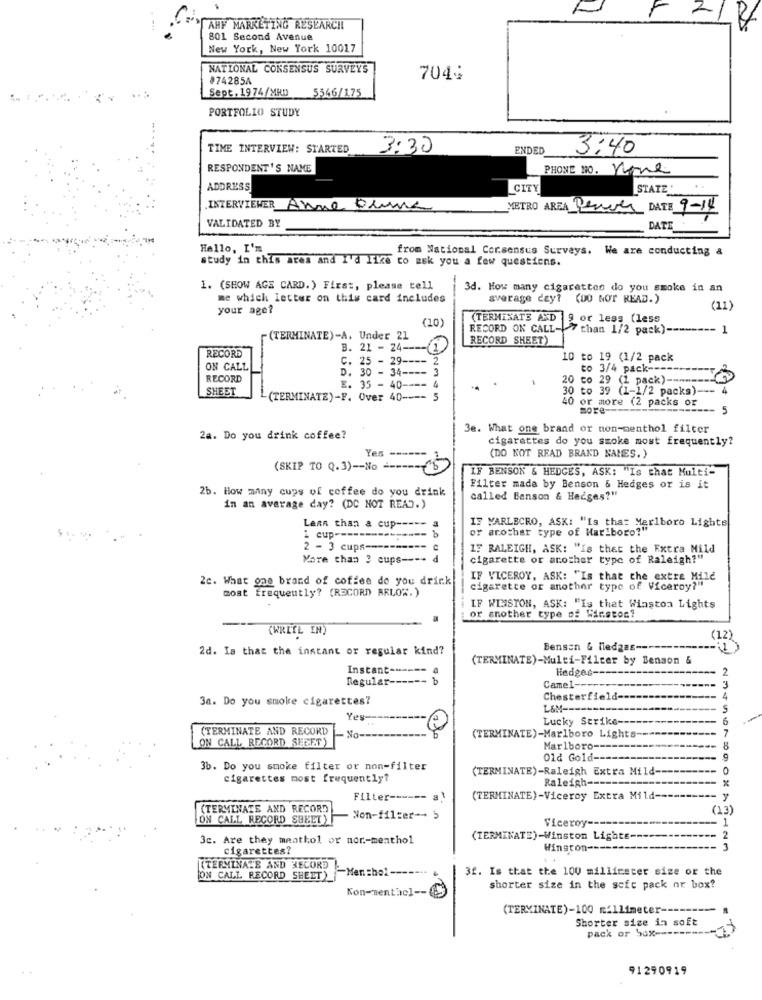
F
F
2
AHF MARKETING RESEARCH
801 Second Avenue
New York, New York 10017
NATIONAL CONSENSUS SURVEYS
#74285A
7044
Sept. 19 74/MRD
5546/175
PORTFOLIO STUDY
TIME INTERVIEW: STARTED
3:30
ENDED
3:40
RESPONDENT'S NAME
PHONE NO. none
. ZIVIS
ADDRESS
CITY
INTERVIEWER
Anne Dume
METRO AREA Denue DATE 9-14
VALIDATED BY
DATE
Hallo, I'm
from National Cor.sensus Surveys. We are conducting &
study in this area and I'd like to ask you a few questions.
-
1. (SHOW AGE CARD.) First, please tell
3d. How many cigarettes do you smoke in an
me which letter on this card includes
average day? (DO NOT READ.)
your age?
(11)
(10)
(TERMINATE AXD 9 or less (less
RECORD ON CALL-
7 than 1/2 pack)
--- 1
(TERMINATE)-A. Under 21
RECORD SHEET)
B. 21 - 24 ---- 1
RECORD
c. 25 - 29 ----
2
10 to 19 (1/2 pack
ON CALL
D. 30 - 34 ---- 3
to 3/4 pack ---
RECORD
20 co 29 (1 pack)
SHEET
E. 35 - 40 ---- 4
30 to 39 (1-1/2 packs)-
4
(TERMINATE)-F. Over 40 ---- 5
40 or more (2 packs or
more-
5
3e. What one brand or non-menthol filter
2a. Do you drink coffee?
cigarettes do you smoke most frequently?
Yes
(DO NOT READ BRAND NAMES. )
(SKIP TO Q.3) -- No ----
IF BENSON & HEDGES, ASK: "Is that Multi-
2b. How many cups of coffee do you drink
Filter made by Benson & Hedges or is it
called Benson & Hedges?"
in an average day? (DC NOT READ.)
Lean than a cup ----
IF MARLBORO, ASK: "Is that Marlboro Lights
or arother type of Marlboro?"
cup -----
2 - 3 cups -----
IF RALEIGH, ASK: "Is that the Extra Mild
More than 3 cups ----
cigarette or another type of Raleigh?"
2c. Want one brand of coffee do you drink
IF VICEROY, ASK: "Is that the extra Mile
cigarette or another type of Viceroy?"
most Frequently? (RECORD) RELOW.)
IF WINSTON, ASK: "Is that Winston Lights
Lor another type of Wirstor?
(WRITE IN)
(12)
2d. Is that the instant or regular kind?
Benson & liedgas ----
(TERMINATE)-Multi-Filter by Benson &
Instant-
Hedges ---
Regular ------ b
Camel-
3
3a. Do you smoke cigarettes?
Chesterfield --
L&M --
Yes ---
Lucky Strike --
6
(TERMINATE AND RECORD
ON CALL RECORD SERET)
No-
(TERMINATE)-Marlboro Lights-
Marlboro ---
8
Old Gold-
9
3b. Do you smoke filter or non-filter
(TERMINATE)-Raleigh Extra Mild-
0
cigarettes most frequently?
Raleigh ---
Filter ------
(TERMINATE)-Viceroy Extra Mild --
(TERMINATE AND RECORD
(13)
ON CALL RECORD SEEET )
Non-filter -- >
Viceroy -----
1
3c. Are they meathol or nor-menthol
(TERMINATE)-Winston Lighte.
cigarettes?
Winston ---
3
(TERMINATE AND RECORD
-Men =ho! ------
3f. Is that the 100 millimeter size or the
ON CALL RECORD SHEET)
shorter size in the soft pack or box?
Kon-menthe] -- @
(TERMINATE)-100 millimeter --
Shorter size in soft
pack or 50x =======
91290919